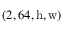
( 2 , 6 4 , \mathrm { h } , \mathrm { w } )